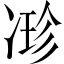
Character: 𠗰